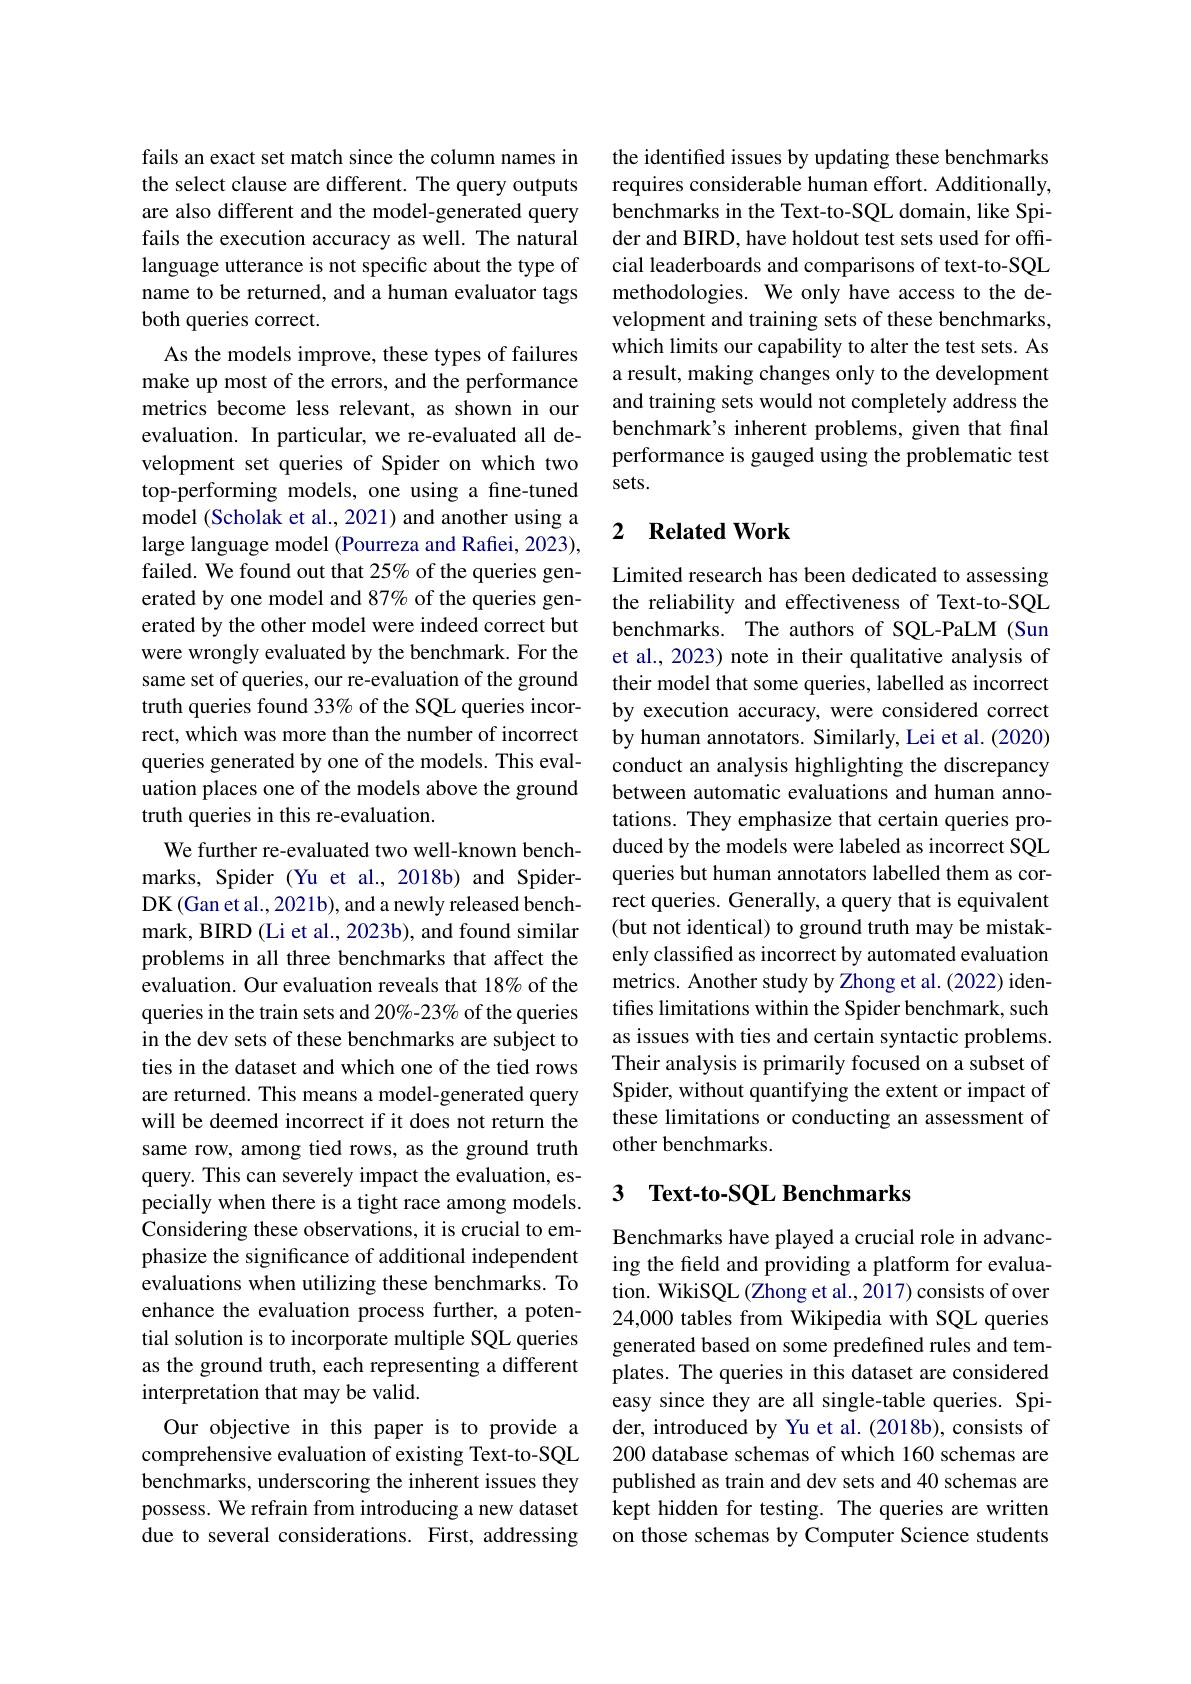
fails an exact set match since the column names in the select clause are different. The query outputs are also different and the model-generated query fails the execution accuracy as well. The natural language utterance is not specific about the type of name to be returned, and a human evaluator tags both queries correct.
As the models improve, these types of failures make up most of the errors, and the performance metrics become less relevant, as shown in our evaluation. In particular, we re-evaluated all development set queries of Spider on which two top-performing models, one using a fine-tuned model (Scholak et al., 2021) and another using a large language model (Pourreza and Rafiei, 2023), failed. We found out that 25% of the queries generated by one model and 87% of the queries generated by the other model were indeed correct but were wrongly evaluated by the benchmark. For the same set of queries, our re-evaluation of the ground truth queries found 33% of the SQL queries incorrect, which was more than the number of incorrect queries generated by one of the models. This evaluation places one of the models above the ground truth queries in this re-evaluation.
We further re-evaluated two well-known benchmarks, Spider (Yu et al., 2018b) and SpiderDK (Gan et al., 2021b), and a newly released benchmark, BIRD (Li et al., 2023b), and found similar problems in all three benchmarks that affect the evaluation. Our evaluation reveals that 18% of the queries in the train sets and 20%-23% of the queries in the dev sets of these benchmarks are subject to ties in the dataset and which one of the tied rows are returned. This means a model-generated query will be deemed incorrect if it does not return the same row, among tied rows, as the ground truth query. This can severely impact the evaluation, especially when there is a tight race among models. Considering these observations, it is crucial to emphasize the significance of additional independent evaluations when utilizing these benchmarks. To enhance the evaluation process further, a potential solution is to incorporate multiple SQL queries as the ground truth, each representing a different interpretation that may be valid.
Our objective in this paper is to provide a comprehensive evaluation of existing Text-to-SQL benchmarks, underscoring the inherent issues they possess. We refrain from introducing a new dataset due to several considerations. First, addressing

the identified issues by updating these benchmarks requires considerable human effort. Additionally, benchmarks in the Text-to-SQL domain, like Spider and BIRD, have holdout test sets used for official leaderboards and comparisons of text-to-SQL methodologies. We only have access to the development and training sets of these benchmarks, which limits our capability to alter the test sets. As a result, making changes only to the development and training sets would not completely address the benchmark's inherent problems, given that final performance is gauged using the problematic test sets.

### 2 $\textbf{Related Work}$

Limited research has been dedicated to assessing the reliability and effectiveness of Text-to-SQL benchmarks. The authors of SQL-PaLM (Sun et al., 2023) note in their qualitative analysis of their model that some queries, labelled as incorrect by execution accuracy, were considered correct by human annotators. Similarly, Lei et al. (2020) conduct an analysis highlighting the discrepancy between automatic evaluations and human annotations. They emphasize that certain queries produced by the models were labeled as incorrect SQL queries but human annotators labelled them as correct queries. Generally, a query that is equivalent (but not identical) to ground truth may be mistakenly classified as incorrect by automated evaluation metrics. Another study by Zhong et al. (2022) identifes limitations within the Spider benchmark, such as issues with ties and certain syntactic problems. Their analysis is primarily focused on a subset of Spider, without quantifying the extent or impact of these limitations or conducting an assessment of other benchmarks.

## 3 $\textbf{Text- to- SQL Benchmarks}$

Benchmarks have played a crucial role in advancing the field and providing a platform for evaluation. WikiSQL (Zhong et al., 2017) consists of over 24,000 tables from Wikipedia with SQL queries generated based on some predefined rules and templates. The queries in this dataset are considered easy since they are all single-table queries. Spider, introduced by Yu et al. (2018b), consists of 200 database schemas of which 160 schemas are published as train and dev sets and 40 schemas are kept hidden for testing. The queries are written on those schemas by Computer Science students